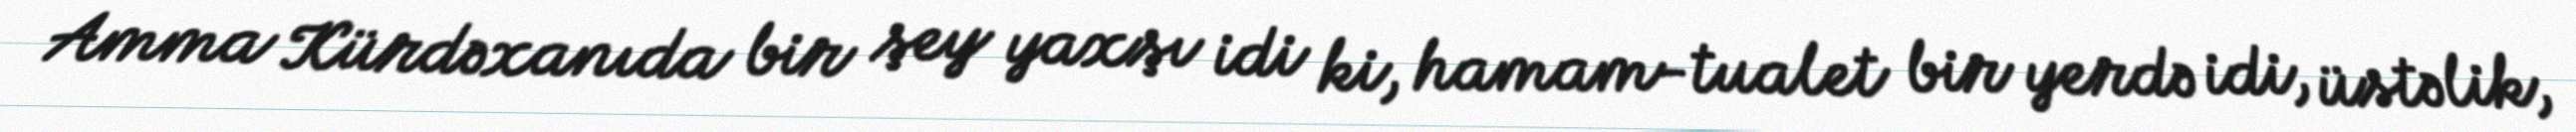
Amma Kürdəxanıda bir şey yaxşı idi ki, hamam-tualet bir yerdə idi, üstəlik,